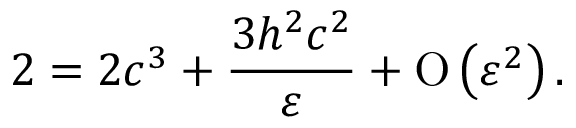
2 = 2 c ^ { 3 } + \frac { 3 h ^ { 2 } c ^ { 2 } } { \varepsilon } + \ensuremath { \operatorname { O } \left( \varepsilon ^ { 2 } \right) } .